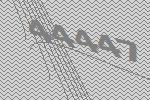
44447